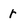
Character: r